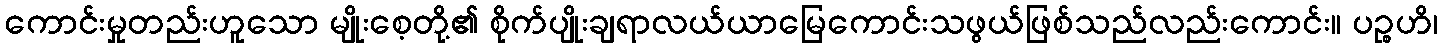
ကောင်းမှုတည်းဟူသော မျိုးစေ့တို့၏ စိုက်ပျိုးချရာလယ်ယာမြေကောင်းသဖွယ်ဖြစ်သည်လည်းကောင်း။ ပဉ္စဟိ၊